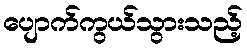
ပျောက်ကွယ်သွားသည့်